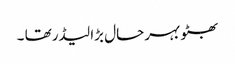
بھٹو بہرحال بڑا لیڈرتھا ۔